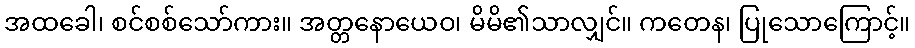
အထခေါ၊ စင်စစ်သော်ကား။ အတ္တနောယေဝ၊ မိမိ၏သာလျှင်။ ကတေန၊ ပြုသောကြောင့်။